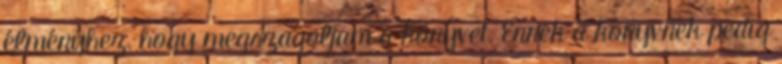
élményhez, hogy megszagoljam a könyvet. Ennek a könyvnek pedig